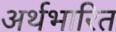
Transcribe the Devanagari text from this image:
अर्थभारित